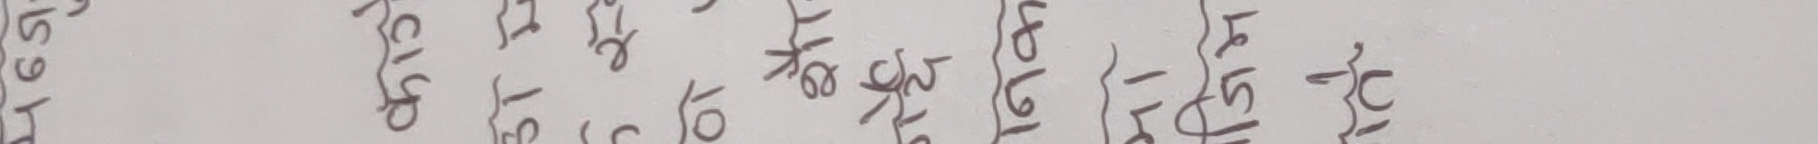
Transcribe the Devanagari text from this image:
२०७५ २०७४ २०७३ २०७२ २०७१ २०७० २०६९